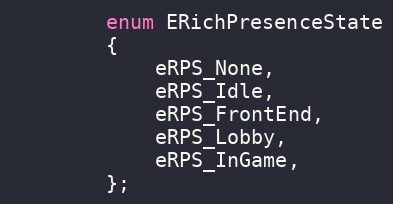
Language: C
		enum ERichPresenceState
		{
			eRPS_None,
			eRPS_Idle,
			eRPS_FrontEnd,
			eRPS_Lobby,
			eRPS_InGame,
		};